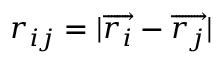
r _ { i j } = | \overrightarrow { r _ { i } } - \overrightarrow { r _ { j } } |